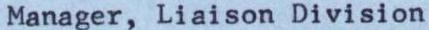
Manager, Liaison Division